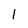
Character: 1